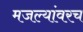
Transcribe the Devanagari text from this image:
मजल्यांवरच